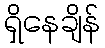
ရှိနေချိန်